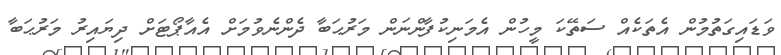
ވަޑައިގަތުމުން އެތަކެއް ސަތޭކަ މީހުން އެމަނިކުފާންނަން މަރުޙަބާ ދެންނެވުމަށް އެއާޕޯޓަށް ދިޔައިރު މަރުޙަބާ